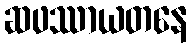
ဆဖဿာယတနေ